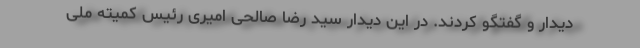
دیدار و گفتگو کردند. در این دیدار سید رضا صالحی امیری رئیس کمیته ملی